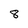
Character: 8